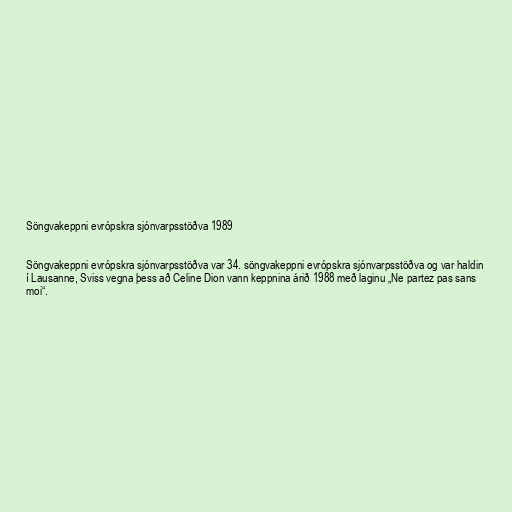
Söngvakeppni evrópskra sjónvarpsstöðva 1989

Söngvakeppni evrópskra sjónvarpsstöðva var 34. söngvakeppni evrópskra sjónvarpsstöðva og var haldin
í Lausanne, Sviss vegna þess að Celine Dion vann keppnina árið 1988 með laginu „Ne partez pas sans
moi“.